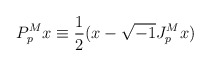
\begin{align*}P^M_p x \equiv \frac{1}{2} (x - \sqrt{-1} J^M_p x) \end{align*}